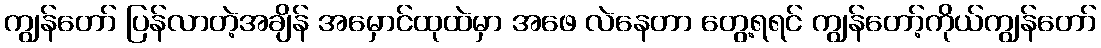
ကျွန်တော် ပြန်လာတဲ့အချိန် အမှောင်ထုထဲမှာ အဖေ လဲနေတာ တွေ့ရရင် ကျွန်တော့်ကိုယ်ကျွန်တော်